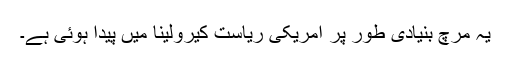
یہ مرچ بنیادی طور پر امریکی ریاست کیرولینا میں پیدا ہوئی ہے۔